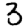
Digit: 3